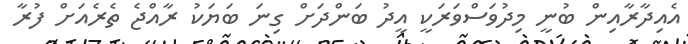
އެއިދާރާއިން ބުނީ މިދުވަސްވަރަކީ އީދު ބަންދަށް ގިނަ ބަޔަކު ރާއްޖެ ތެރެއަށް ފުރާ